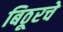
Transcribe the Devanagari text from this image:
बिठूरचे